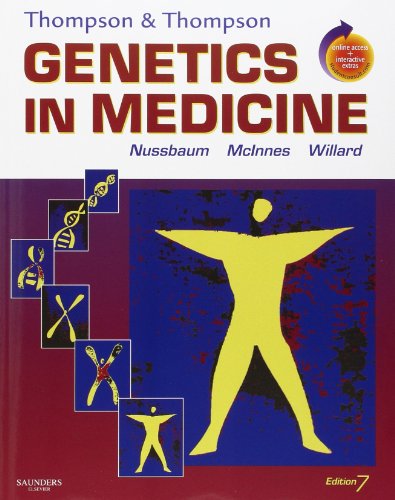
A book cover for Thompson & Thompson Genetics in Medicine: With STUDENT CONSULT Online Access, 7e (Thompson and Thompson Genetics in Medicine); Robert L. Nussbaum MD  FACP  FACMG; Medical Books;